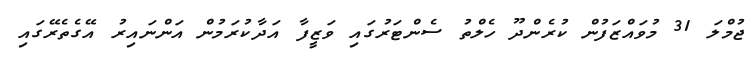
ޖުމްލަ 31 މުވައްޒަފުން ކުރެންދޫ ހެލްތު ސެންޓަރުގައި ވަޒީފާ އަދާކުރަމުން އަންނައިރު އޭގެތެރޭގައި